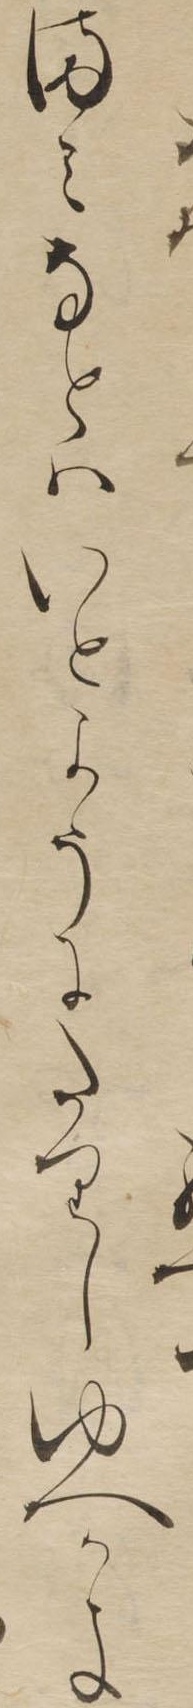
まみなとはいとようにたりしゆへかよ